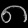
Digit: ၈